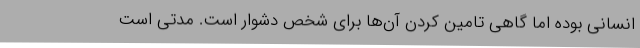
انسانی بوده اما گاهی تامین کردن آن‌ها برای شخص دشوار است. مدتی است